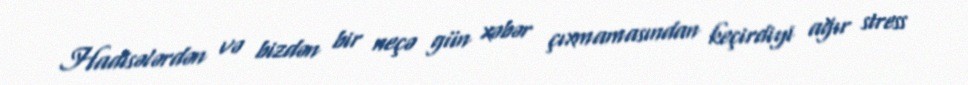
Hadisələrdən və bizdən bir neçə gün xəbər çıxmamasından keçirdiyi ağır stress